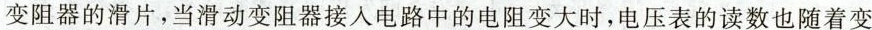
变阻器的滑片，当滑动变阻器接入电路中的电阻变大时，电压表的读数也随着变